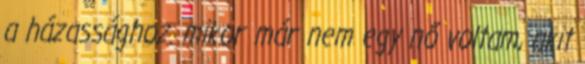
a házassághoz. mikor már nem egy nő voltam, akit